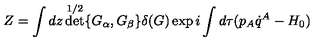
Z = \int d z \det ^ { 1 / 2 } \{ G _ { \alpha } , G _ { \beta } \} \delta ( G ) \exp i \int d \tau ( p _ { A } \dot { q } ^ { A } - H _ { 0 } )